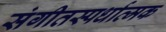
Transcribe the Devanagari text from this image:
संगीतस्पर्धात्मक